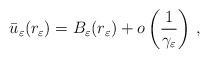
LaTeX: \begin{align*}\bar{u}_\varepsilon(r_{\varepsilon})=B_{\varepsilon}(r_{\varepsilon})+o\left(\frac{1}{\gamma_\varepsilon}\right)\,,\end{align*}